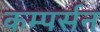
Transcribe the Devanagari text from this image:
कम्पर्सन